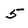
Character: 5